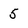
Character: 5